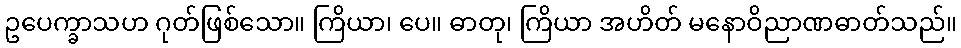
ဥပေက္ခာသဟ ဂုတ်ဖြစ်သော။ ကြိယာ၊ ပေ။ ဓာတု၊ ကြိယာ အဟိတ် မနောဝိညာဏဓာတ်သည်။